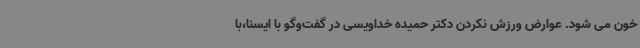
خون می شود. عوارض ورزش نکردن دکتر حمیده خداویسی در گفت‌وگو با ایسنا،با